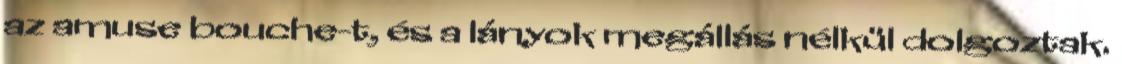
az amuse bouche-t, és a lányok megállás nélkül dolgoztak.